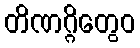
တိဏဂ္ဂိတွေဝ